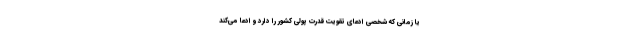
یا زمانی که شخصی ادعای تقویت قدرت پولی کشور را دارد و ادعا می‌کند